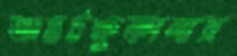
অন্তর্চক্ষুকালায়